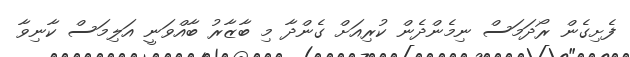
ފެށިގެން ރޯދަމަސް ނިމެންދެން ކުރިއަށް ގެންދާ މި ބާޒާރު ބާއްވަނީ އަލިމަސް ކާނިވާ